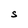
Character: S